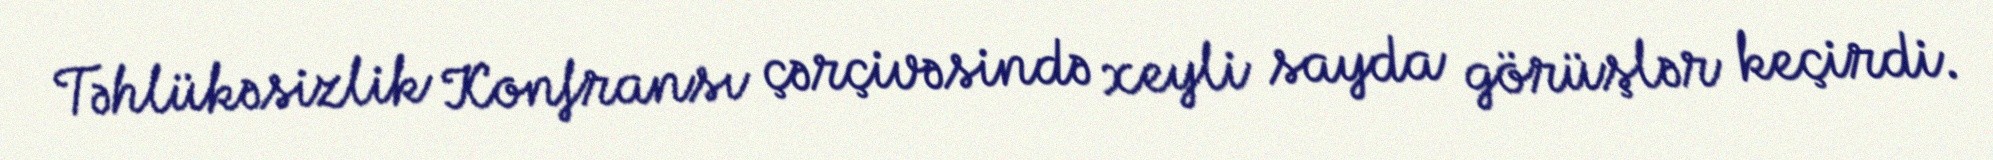
Təhlükəsizlik Konfransı çərçivəsində xeyli sayda görüşlər keçirdi.